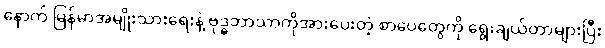
နောက် မြန်မာအမျိုးသားရေးနဲ့ ဗုဒ္ဓဘာသာကိုအားပေးတဲ့ စာပေတွေကို ရွေးချယ်တာများပြီး